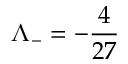
\Lambda _ { - } = - \frac { 4 } { 2 7 }